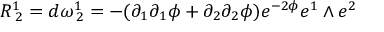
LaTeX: R _ { \: 2 } ^ { 1 } = d \omega _ { \: 2 } ^ { 1 } = - ( \partial _ { 1 } \partial _ { 1 } \phi + \partial _ { 2 } \partial _ { 2 } \phi ) e ^ { - 2 \phi } e ^ { 1 } \wedge e ^ { 2 }